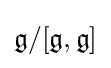
{\mathfrak {g}}/[{\mathfrak {g}},{\mathfrak {g}}]